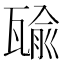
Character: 𤭷